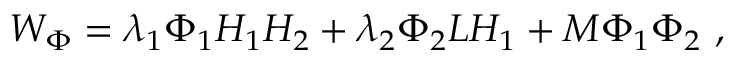
W _ { \Phi } = \lambda _ { 1 } \Phi _ { 1 } H _ { 1 } H _ { 2 } + \lambda _ { 2 } \Phi _ { 2 } L H _ { 1 } + M \Phi _ { 1 } \Phi _ { 2 } \ ,